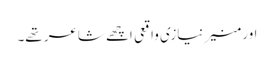
اور منیر نیازی واقعی اچھے شاعر تھے۔